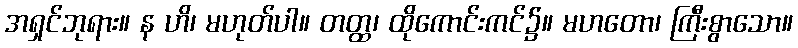
အရှင်ဘုရား။ န ဟိ၊ မဟုတ်ပါ။ တတ္ထ၊ ထိုကောင်းကင်၌။ မဟတော၊ ကြီးစွာသော။